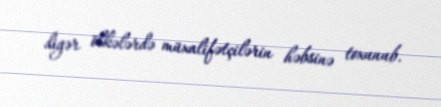
digər ölkələrdə müxalifətçilərin həbsinə toxunub.